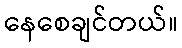
နေစေချင်တယ်။